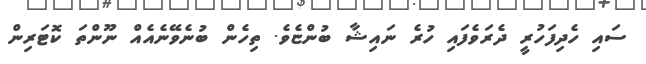
ސައި ހެދިފަހުރީ ދެރަވެފައި ހުރެ ނައިޝާ ބުންޏެވެ. ތިހެން ބުނެވޭނެއެއް ނޫންތަ ކޮޓަރިން